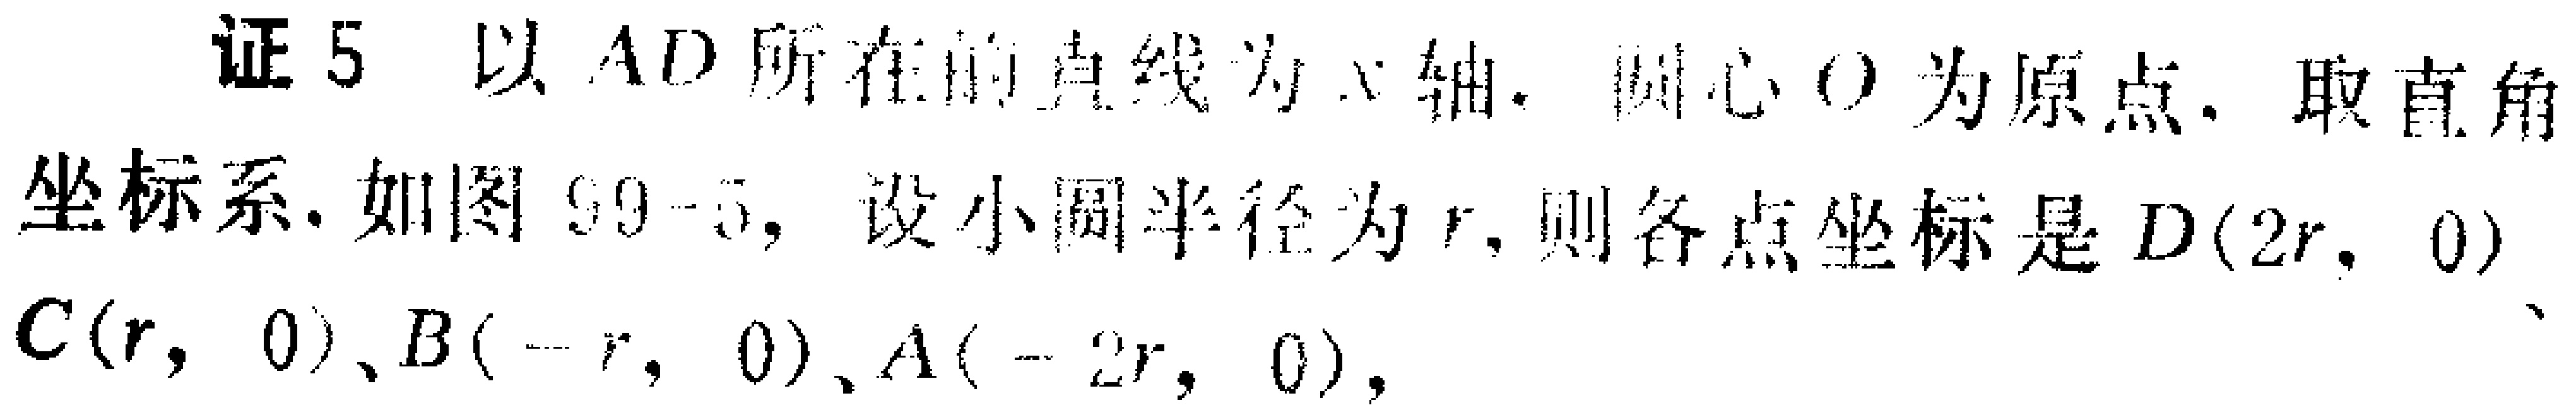
证 5 以 \(AD\) 所在的直线为 \(x\) 轴，圆心 \(O\) 为原点，取直角坐标系，如图 99 - 5，设小圆半径为 \(r\)，则各点坐标是 \(D(2r,0)\)、\(C(r,0)\)、\(B(-r,0)\)、\(A(-2r,0)\)，